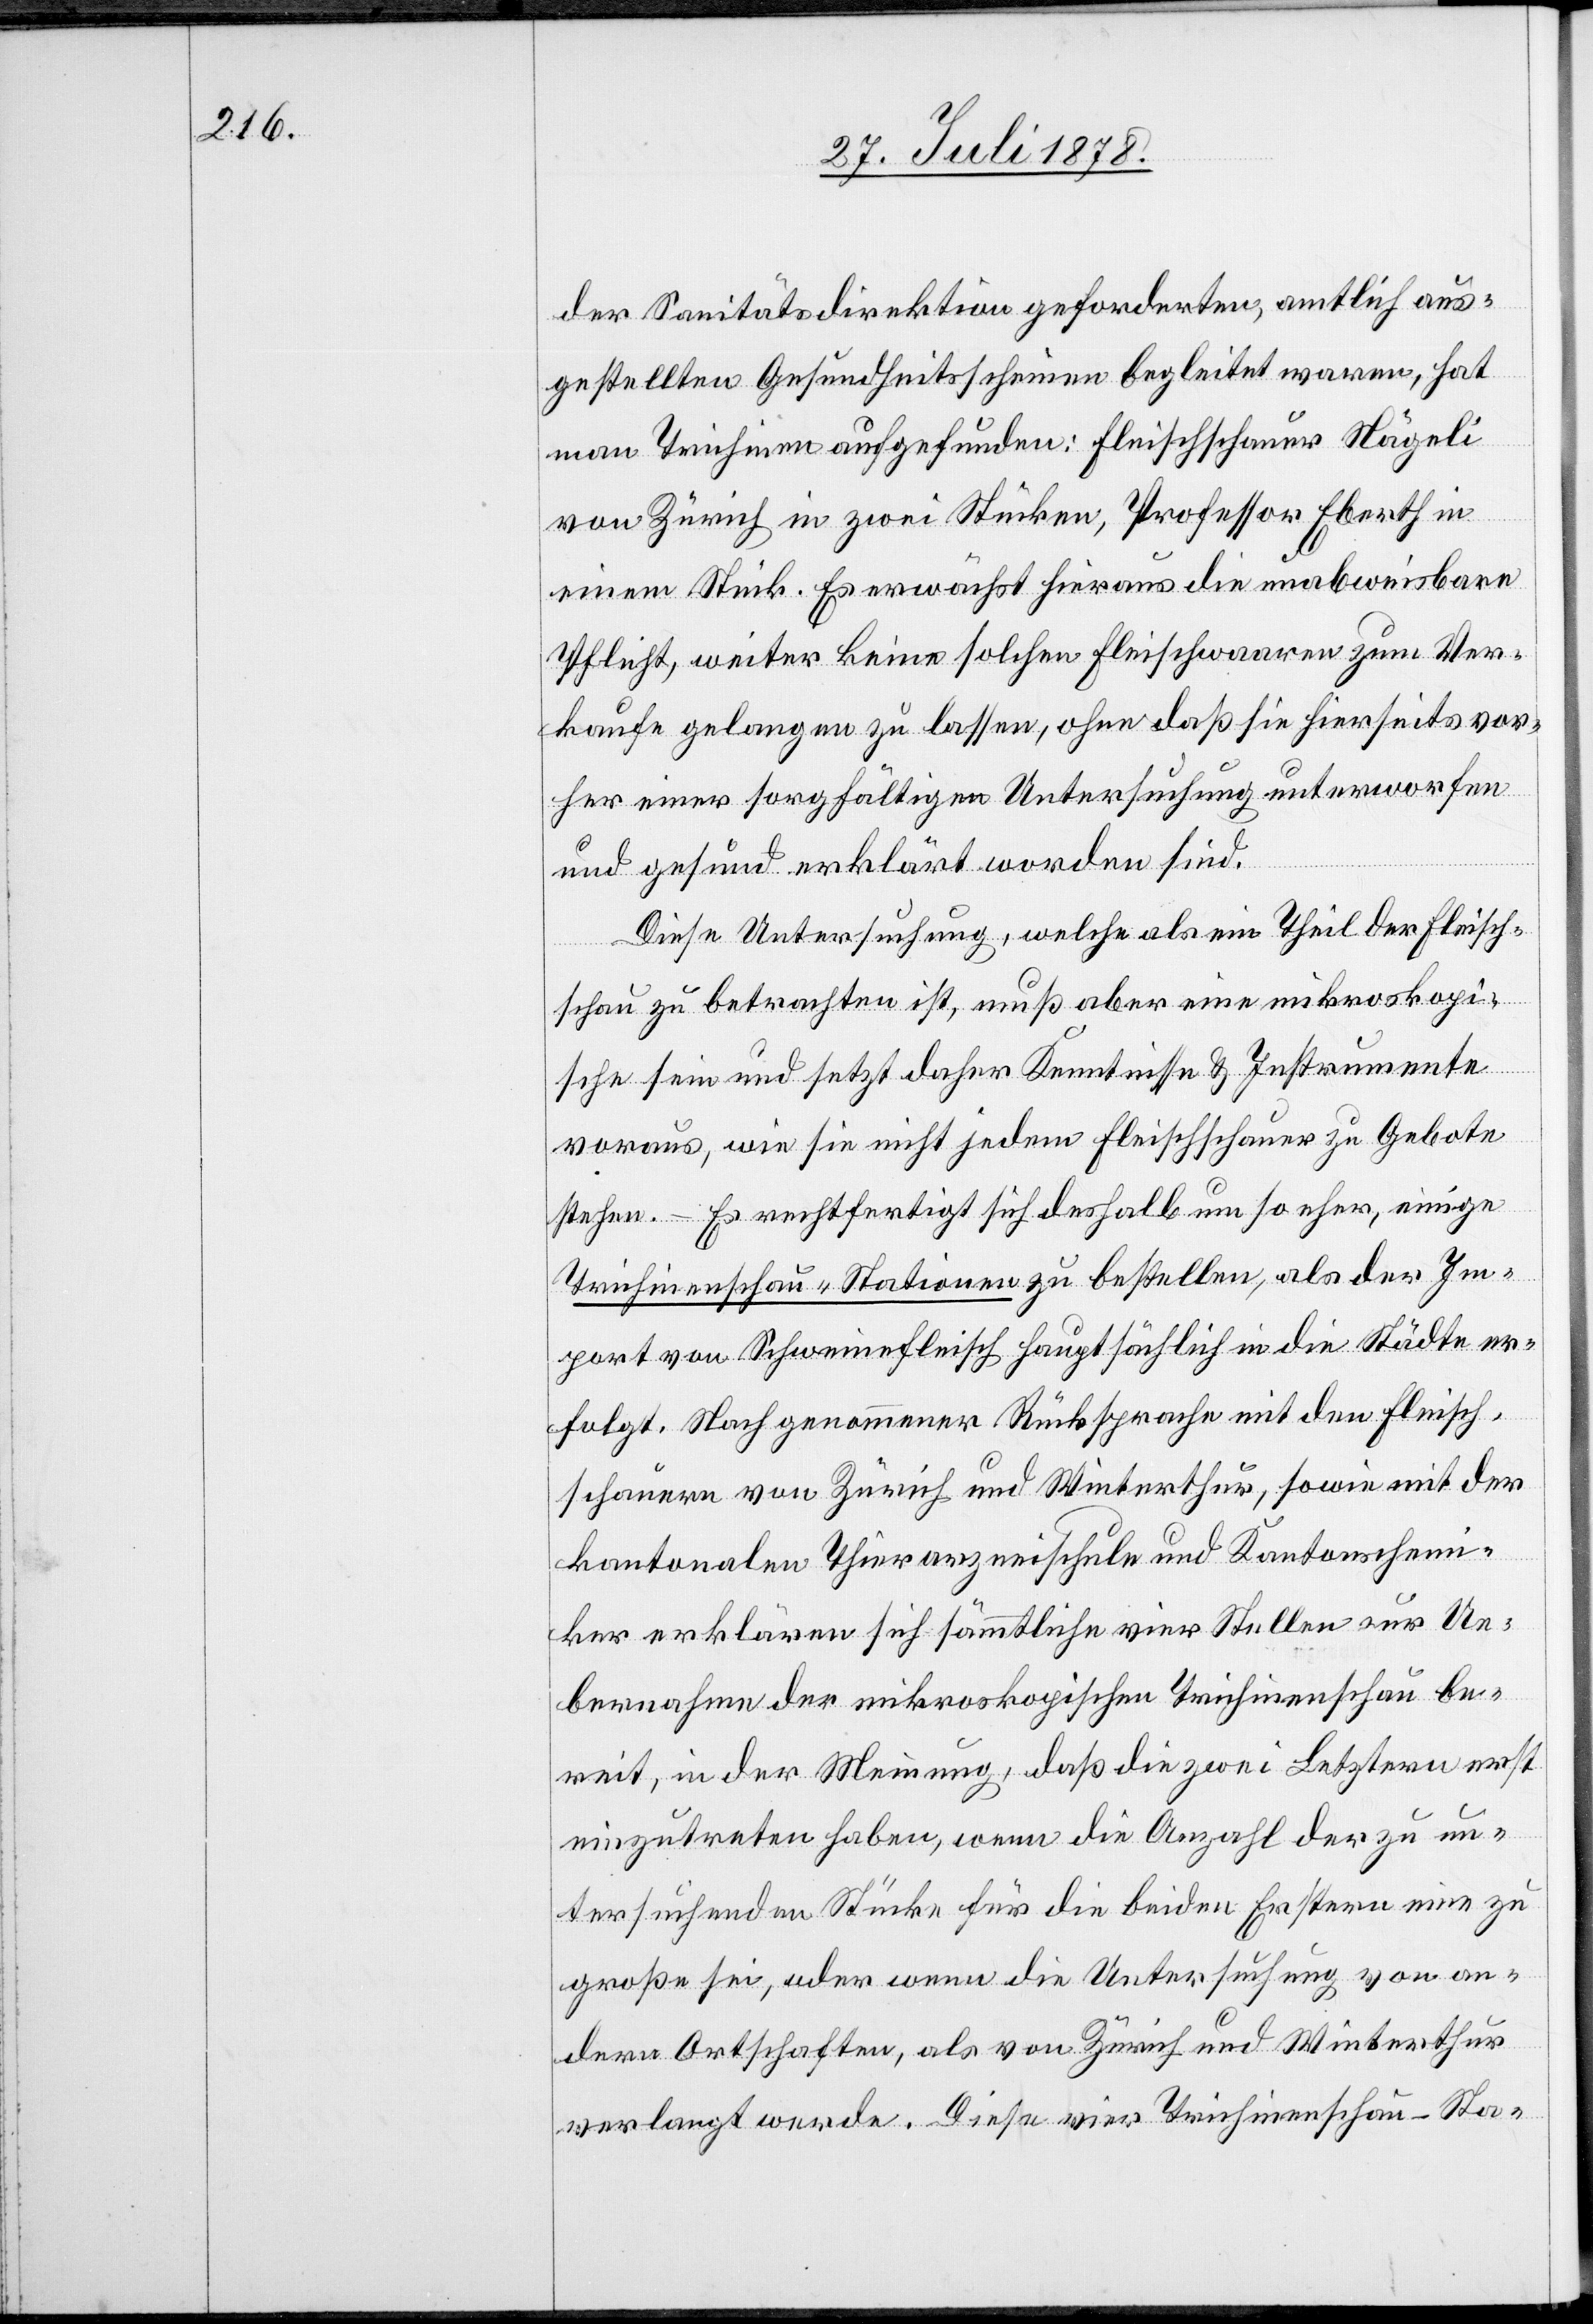
der Sanitätsdirektion geforderten, amtlich aus¬
gestellten Gesundheitsscheinen begleitet waren, hat
man Trichinen aufgefunden: Fleischschauer Nägeli
von Zürich in zwei Stücken, Professor Eberth in
einem Stück. Es erwächst hieraus die unabweisbare
Pflicht, weiter keine solchen Fleischwaaren zum Ver¬
kaufe gelangen zu lassen, ohne daß sie hierseits vor¬
her einer sorgfältigen Untersuchung unterworfen
und gesund erklärt worden sind.
Diese Untersuchung, welche als ein Theil der Fleisch¬
schau zu betrachten ist, muß aber eine mikroskopi¬
sche sein und setzt daher Kenntnisse & Instrumente
voraus, wie sie nicht jedem Fleischschauer zu Gebote
stehen. Es rechtfertigt sich deshalb um so eher, einige
Trichinenschau-Stationen zu bestellen, als der Im¬
port von Schweinefleisch hauptsächlich in die Städte er¬
folgt. Nach genommener Rücksprache mit den Fleisch¬
schauern von Zürich und Winterthur, sowie mit der
kantonalen Thierarzneischule und Kantonschem¬
iker erklären sich sämmtliche vier Stellen zur Ue¬
bernahme der mikroskopischen Trichinenschau be¬
reit, in der Meinung, daß die zwei Letztern erst
einzutreten haben, wenn die Anzahl der zu un¬
tersuchenden Stücke für die beiden Erstern eine zu
große sei, oder wenn die Untersuchung von an¬
dern Ortschaften, als von Zürich und Winterthur
verlangt werde. Diese vier Trichinenschau-Sta-